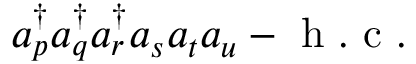
a _ { p } ^ { \dagger } a _ { q } ^ { \dagger } a _ { r } ^ { \dagger } a _ { s } a _ { t } a _ { u } - \mathrm { ~ h ~ . ~ c ~ . ~ }